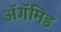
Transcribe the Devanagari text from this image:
ॲगॅमिड